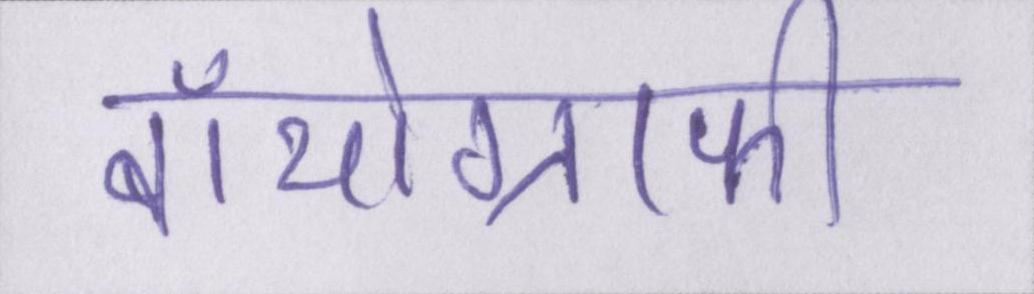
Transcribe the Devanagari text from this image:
बॉयोग्राफी